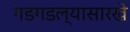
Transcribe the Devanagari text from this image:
गडगडल्यासारखे